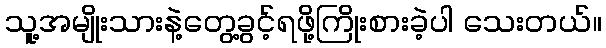
သူ့အမျိုးသားနဲ့တွေ့ခွင့်ရဖို့ကြိုးစားခဲ့ပါ သေးတယ်။